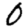
Digit: 0